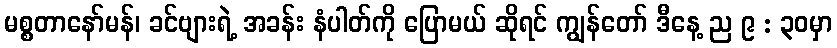
မစ္စတာနော်မန်၊ ခင်ဗျားရဲ့ အခန်း နံပါတ်ကို ပြောမယ် ဆိုရင် ကျွန်တော် ဒီနေ့ ည ၉ : ၃၀မှာ